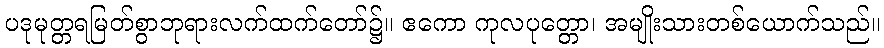
ပဒုမုတ္တရမြတ်စွာဘုရားလက်ထက်တော်၌။ ဧကော ကုလပုတ္တော၊ အမျိုးသားတစ်ယောက်သည်။